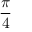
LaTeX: \frac { \pi } { 4 }